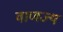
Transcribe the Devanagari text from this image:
वाणज्य